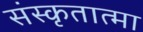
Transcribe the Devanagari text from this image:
संस्कृतात्मा